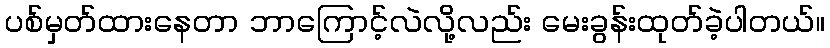
ပစ်မှတ်ထားနေတာ ဘာကြောင့်လဲလို့လည်း မေးခွန်းထုတ်ခဲ့ပါတယ်။